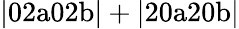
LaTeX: \mathrm{|02a02b|+|20a20b|}